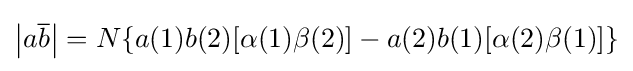
\left\vert a{\overline {b}}\right\vert =N\{a(1)b(2)[\alpha (1)\beta (2)]-a(2)b(1)[\alpha (2)\beta (1)]\}